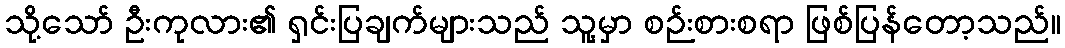
သို့သော် ဦးကုလား၏ ရှင်းပြချက်များသည် သူ့မှာ စဉ်းစားစရာ ဖြစ်ပြန်တော့သည်။